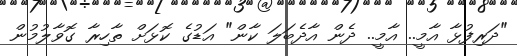
"ދަރިފުޅާ އާމީ.. އާމީ.. ދެން އާދެބަލަ ކާން" އަޑުގެ ކޮޅަށް ތާހިރާ ގޮވާލުމުން